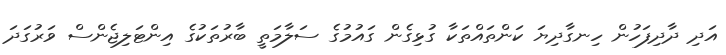
އަދި ދާދިފަހުން ހިނގާދިޔަ ކަންތައްތަކާ ގުޅިގެން ގައުމުގެ ސަލާމަތީ ބާރުތަކުގެ އިންޓަލިޖެންސް ވަރުގަދަ